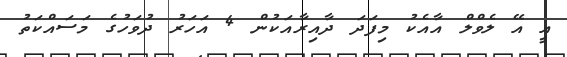
އީ އޭ ލެވްލް އާއެކު މިފަދަ ދާއިރާއަކުން 4 އަހަރު ދުވަހުގެ މަސައްކަތު